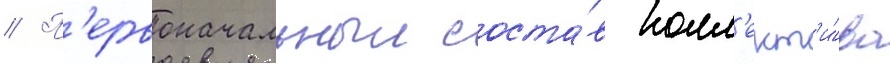
// П'ервоначальныи соста́в колл'ект'и́ва